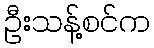
ဦးသန့်စင်က